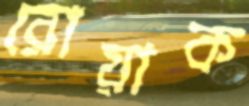
রোয়াক